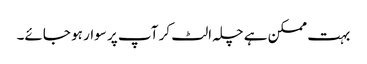
بہت ممکن ہے چلہ الٹ کر آپ پر سوار ہو جائے۔